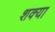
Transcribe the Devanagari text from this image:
शक्या